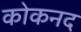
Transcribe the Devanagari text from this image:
कोकनद